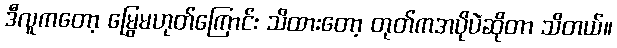
ဒီလူကတော့ မြွေမဟုတ်ကြောင်း သိထားတော့ တုတ်ကအပိုပဲဆိုတာ သိတယ်။